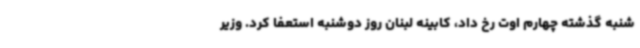
شنبه گذشته چهارم اوت رخ داد، کابینه لبنان روز دوشنبه استعفا کرد. وزیر